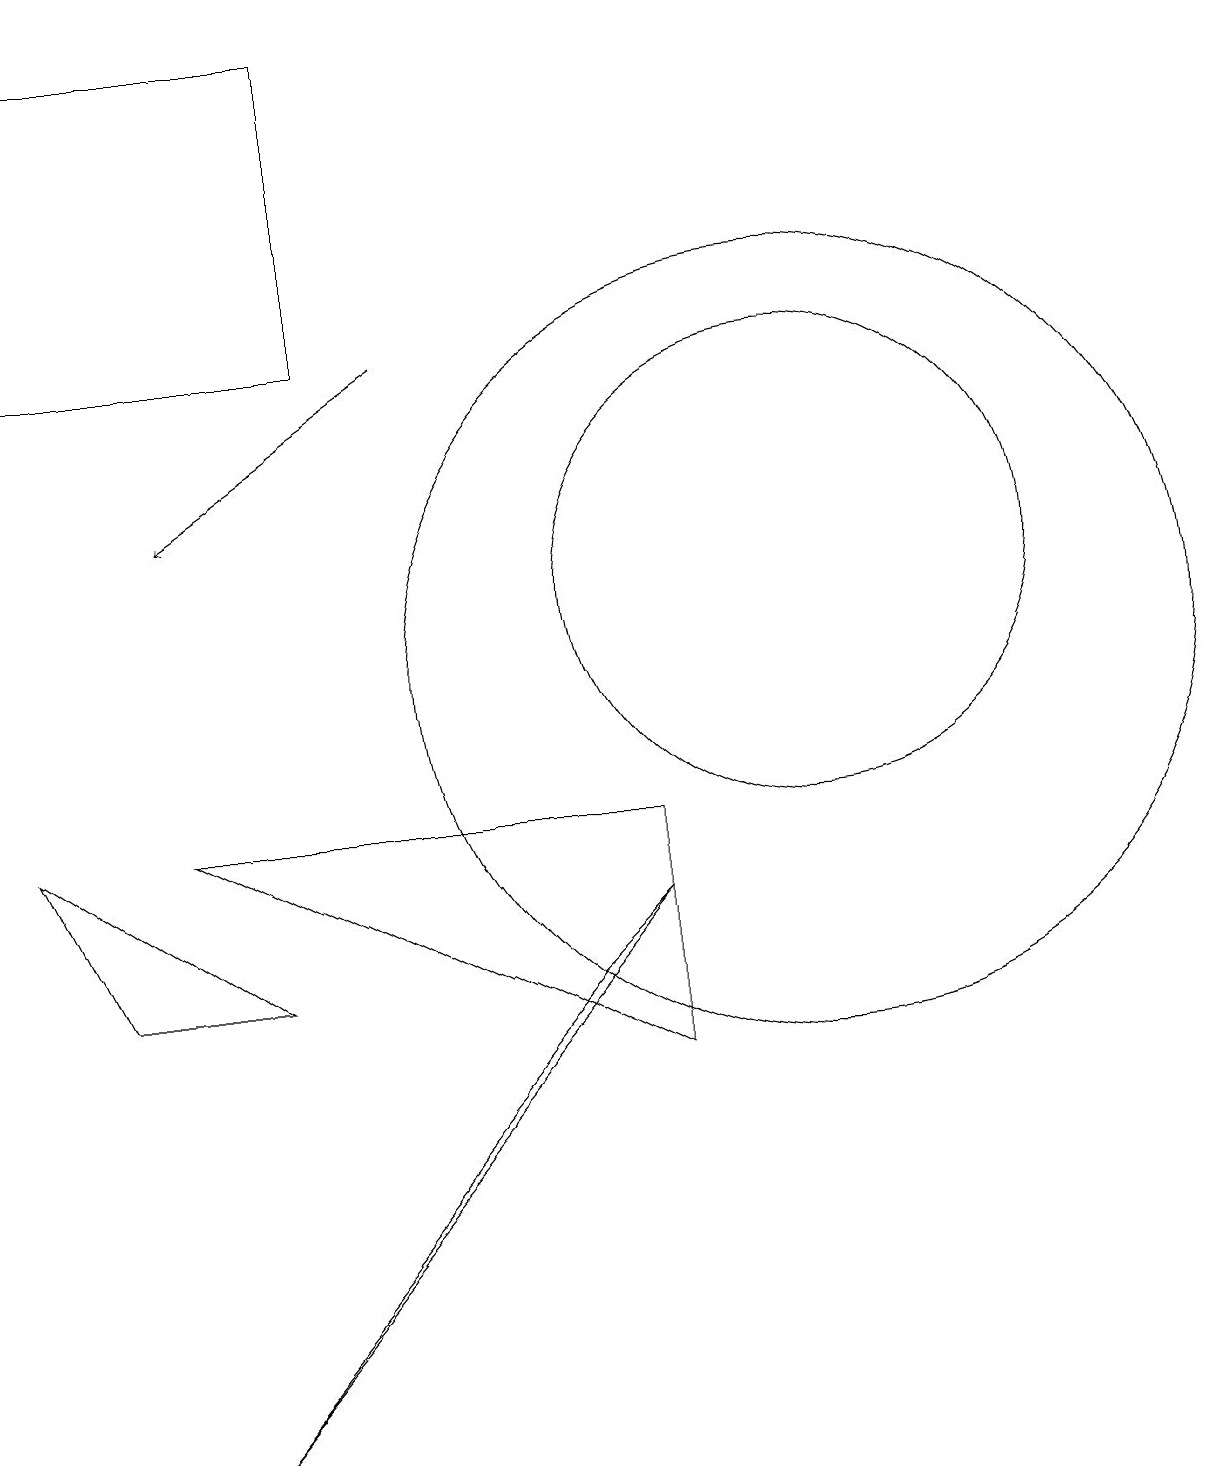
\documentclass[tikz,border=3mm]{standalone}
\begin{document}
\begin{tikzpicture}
\draw (5,15) rectangle (1,19);
\draw (9,6) -- (9,9) -- (3,9) -- cycle;
\draw (11,11) circle (5);
\draw (4,7) -- (2,7) -- (1,9) -- cycle;
\draw (11,12) circle (3);
\draw[->] (6,15) -- (3,13);
\draw (9,8) -- (8,7) -- (3,1) -- cycle;
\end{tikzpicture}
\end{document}